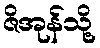
ဇိအုန်သို့